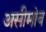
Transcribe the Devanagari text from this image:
असीमोव